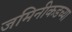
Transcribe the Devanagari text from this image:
जमिनीकडच्या